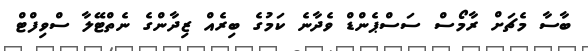
ބާސާ މެޗަށް ރާމޯސް ސަސްޕެންޑް ވެދާނެ ކަމުގެ ބިރެއް ޒިދާންގެ ނެތްޓޭލާ ސްވިފްޓް